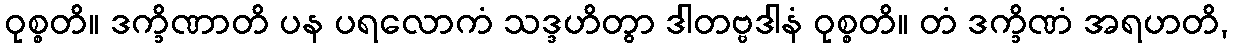
ဝုစ္စတိ။ ဒက္ခိဏာတိ ပန ပရလောကံ သဒ္ဒဟိတွာ ဒါတဗ္ဗဒါနံ ဝုစ္စတိ။ တံ ဒက္ခိဏံ အရဟတိ,